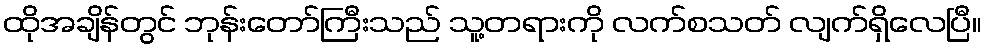
ထိုအချိန်တွင် ဘုန်းတော်ကြီးသည် သူ့တရားကို လက်စသတ် လျက်ရှိလေပြီ။